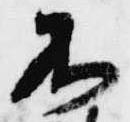
不